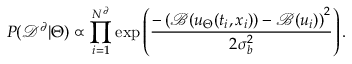
P ( \mathcal { D } ^ { \partial } | \Theta ) \propto \prod _ { i = 1 } ^ { N ^ { \partial } } \mathrm { e x p } \left( \frac { - \left( \mathcal { B } ( u _ { \Theta } ( t _ { i } , x _ { i } ) ) - \mathcal { B } ( u _ { i } ) \right) ^ { 2 } } { 2 \sigma _ { b } ^ { 2 } } \right) .